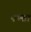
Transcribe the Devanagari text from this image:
पण्ता